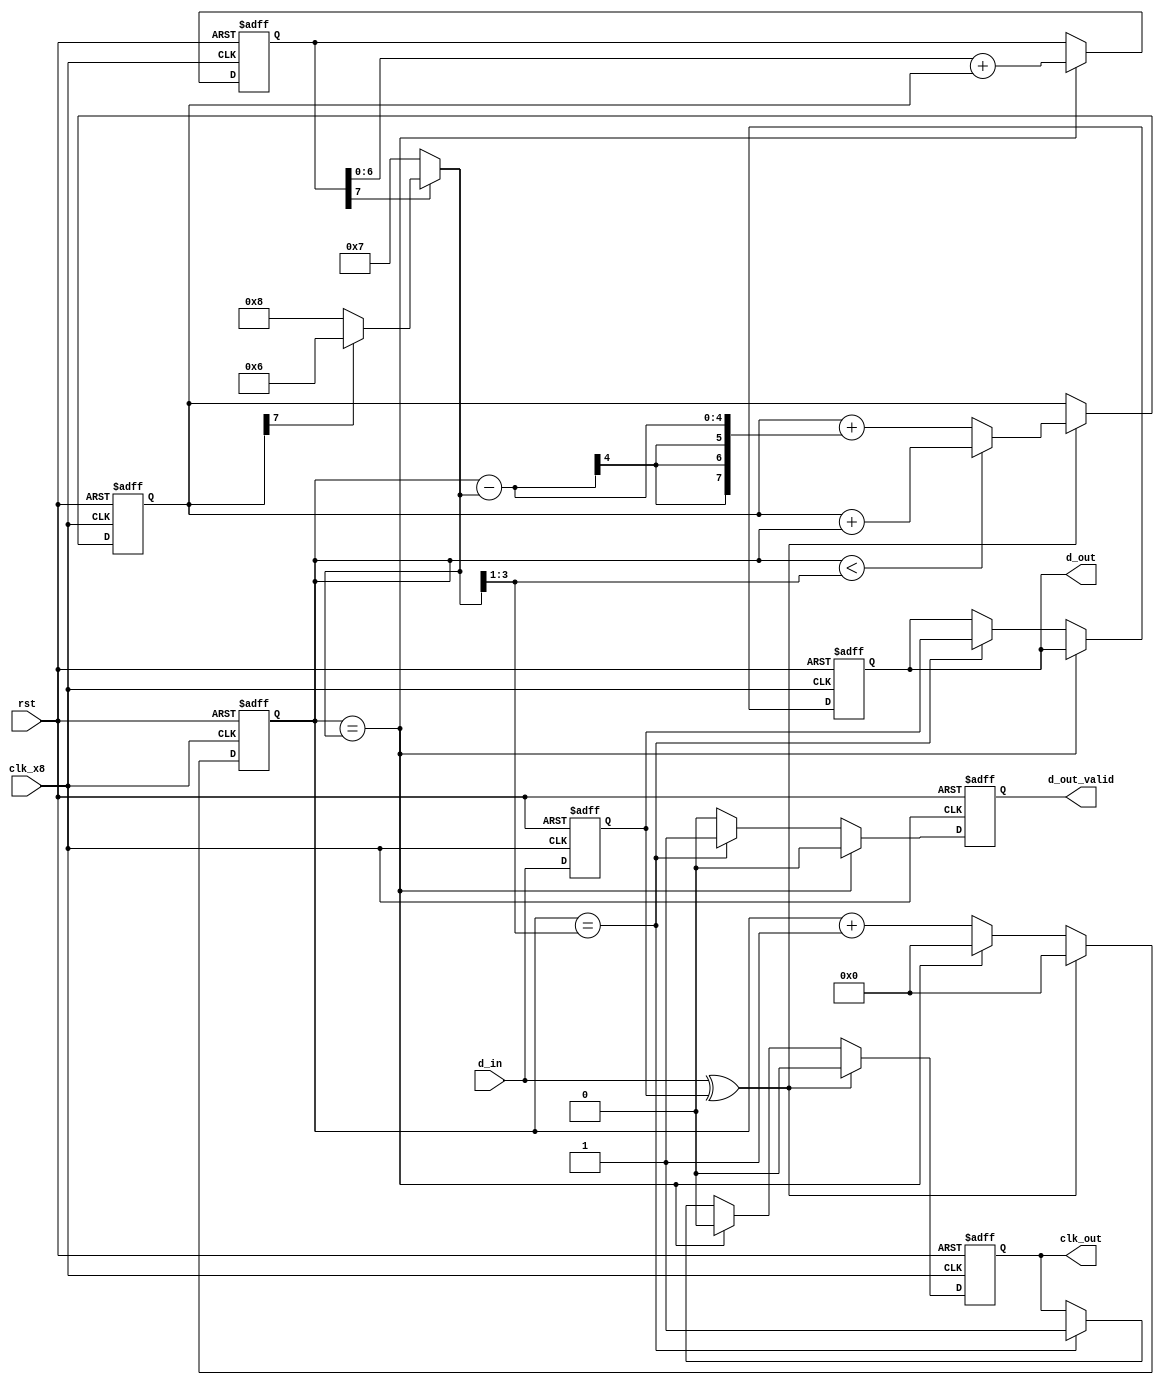
`timescale 1ns / 1ps

// We oversample the incoming stream by ~8x the bit rate.
// Sample the data on the 4th clock of every bit period.
// When we detect an edge, we reset the clock counter.
// If the edge appears before the 4th clock, then we have a period of
// <= 3 clocks with no sampling; effectively we have extended the previous
// bit period.
// If the edge appears after the 4th clock, we have already sampled, and
// the reset acts to shorten the current bit period.
// The degree of lateness is also used to adjust the input to a delta-sigma modulator
// which adds or swallows sample pulses to adjust the free-running sampling frequency.

module clock_data_recovery(
    input clk_x8,
    input rst,
    input d_in,
    output reg d_out,
    output reg d_out_valid,
    output reg clk_out
    );

parameter ds_width = 8;
parameter counter_top_default = 7;  // x8 oversampling
    
reg [0:0] history;
reg [3:0] clk_counter;
// Combinational "regs":
reg [3:0] counter_top;
reg [3:0] sample_delay;

reg [ds_width-1:0] ds_acc;
reg [ds_width-1:0] ds_inc;

// Change the top of the sampling counter to add or swallow a pulse
// Depending on the overflow of the delta-sigma, and the sign of the increment
always @ (*) begin
    if (ds_acc[ds_width-1]) begin
        if (ds_inc[ds_width-1])
            counter_top = counter_top_default - 1;
        else
            counter_top = counter_top_default + 1;
    end else begin
        counter_top = counter_top_default;
    end

    // sample_delay = (period - 1) / 2
    sample_delay = counter_top[3:1];
end

always @ (posedge clk_x8 or posedge rst)
    if (rst) begin
        history <= 0;
        clk_counter <= 0;
        d_out <= 0;
        d_out_valid <= 0;
        ds_acc <= 0;
        ds_inc <= 0;
        clk_out <= 0;
    end else begin
        history <= d_in;
        d_out_valid <= 0; // by default; can override
        
        if (clk_counter == counter_top) begin
            clk_counter <= 0;
            clk_out <= 0;
            // Top bit of counter is not retained for next addition.
            ds_acc <= {1'b0, ds_acc[ds_width-2:0]} + ds_inc;
        end else begin
            if (clk_counter == sample_delay) begin
                clk_out <= 1;
                d_out <= history[0];
                d_out_valid <= 1;
            end
            clk_counter <= clk_counter + 1'b1;
        end
        
        // Detect data transition:
        // Reset counter (adjust phase to match edge) and
        // adjust delta sigma increment (-> average sampling frequency)
        if (d_in ^ history[0]) begin
            clk_counter <= 0;
            clk_out <= 0;
            if (clk_counter < sample_delay) begin
                ds_inc <= ds_inc + clk_counter;
            end else begin
                ds_inc <= ds_inc + (clk_counter - counter_top);
            end
        end

    end
endmodule